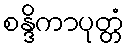
စန္ဒိကာပုတ္တံ